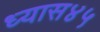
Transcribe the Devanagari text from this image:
ध्यास४५